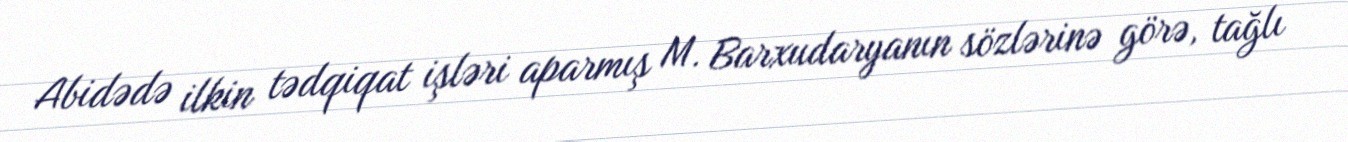
Abidədə ilkin tədqiqat işləri aparmış M. Barxudaryanın sözlərinə görə, tağlı